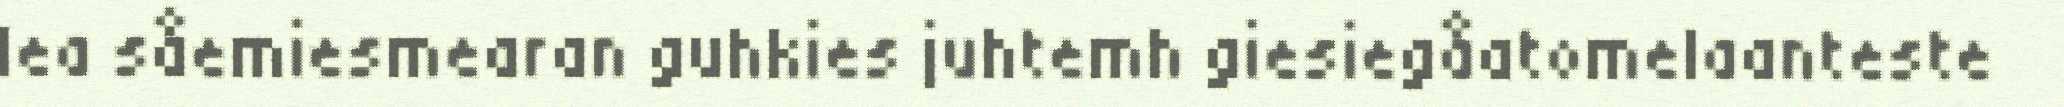
lea såemiesmearan guhkies juhtemh giesiegåatomelaanteste